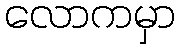
လောကမှာ